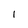
Character: 1